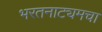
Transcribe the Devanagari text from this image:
भरतनाट्यमचा